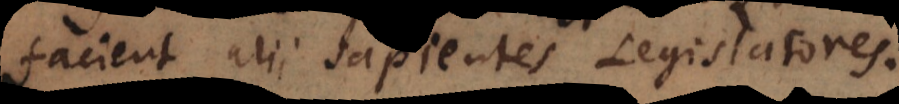
faciunt alii sapientes Legislatores.